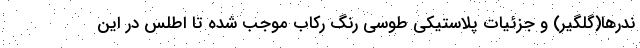
ندرها(گلگیر) و جزئیات پلاستیکی طوسی رنگ رکاب موجب شده تا اطلس در این